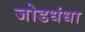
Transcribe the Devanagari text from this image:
जोडधंधा